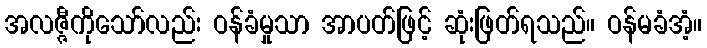
အလဇ္ဇီကိုသော်လည်း ဝန်ခံမှုသာ အာပတ်ဖြင့် ဆုံးဖြတ်ရသည်။ ဝန်မခံအံ့။